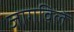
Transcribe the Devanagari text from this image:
जागविले